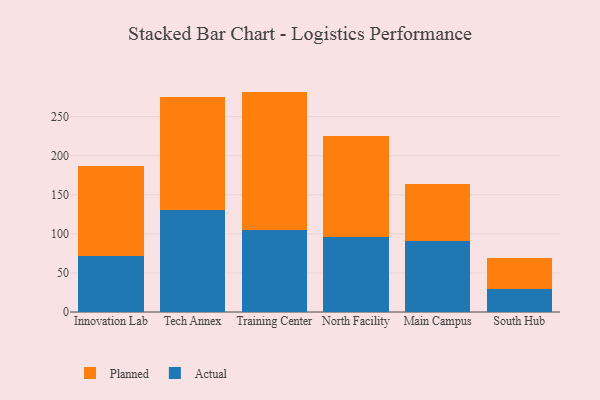
{"axis": {"x": "Campus", "y": "Churn Rate (%)"}, "legend": ["Actual", "Planned"], "data": [{"x": "Innovation Lab", "y": 71.9, "type": "Actual"}, {"x": "Innovation Lab", "y": 115.2, "type": "Planned"}, {"x": "Tech Annex", "y": 130.0, "type": "Actual"}, {"x": "Tech Annex", "y": 145.0, "type": "Planned"}, {"x": "Training Center", "y": 105.5, "type": "Actual"}, {"x": "Training Center", "y": 176.6, "type": "Planned"}, {"x": "North Facility", "y": 96.1, "type": "Actual"}, {"x": "North Facility", "y": 129.2, "type": "Planned"}, {"x": "Main Campus", "y": 91.1, "type": "Actual"}, {"x": "Main Campus", "y": 73.0, "type": "Planned"}, {"x": "South Hub", "y": 28.9, "type": "Actual"}, {"x": "South Hub", "y": 40.8, "type": "Planned"}]}